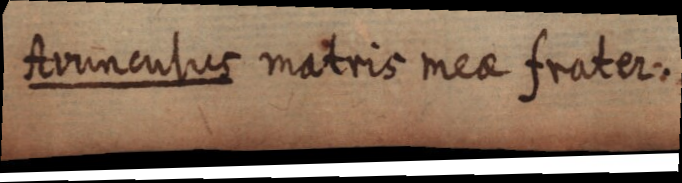
Arunculus matris mea frater.